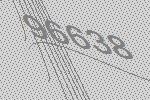
96638